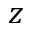
z